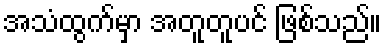
အသံထွက်မှာ အတူတူပင် ဖြစ်သည်။